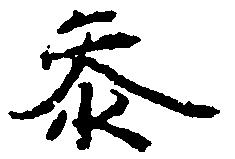
参